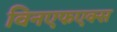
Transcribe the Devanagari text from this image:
विनएफएक्स